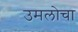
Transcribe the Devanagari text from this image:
उमलोचा